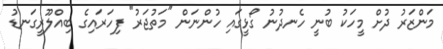
މަންޒަރު ދުށް މީހަކު ބުނީ ހެނދުނު ގޯޅީގައި ހުންނަން "މަތުޖަރު" ފިހަރައިގެ ބިއްލޫރީގަނޑު